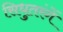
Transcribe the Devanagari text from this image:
सिधुतरंगें